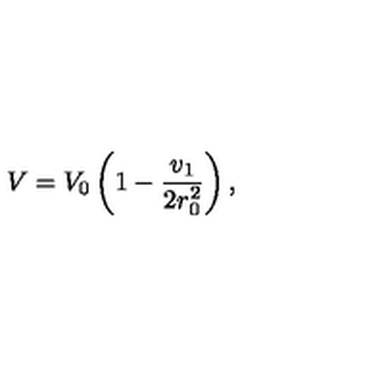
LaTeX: V = V _ { 0 } \left( 1 - { \frac { v _ { 1 } } { 2 r _ { 0 } ^ { 2 } } } \right) ,